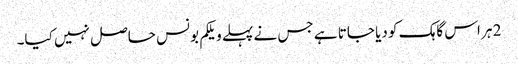
2 ہر اس گاہک کو دیا جاتا ہے جس نے پہلے ویلکم بونس حاصل نہیں کیا۔